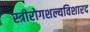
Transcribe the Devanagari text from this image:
स्त्रीरोगशल्यविशारद